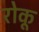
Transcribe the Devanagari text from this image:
रोकू